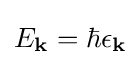
E_{\mathbf {k} }=\hbar \epsilon _{\mathbf {k} }